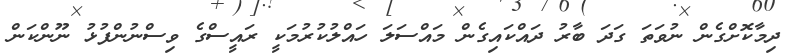
ދިމާކޮށްގެން ނުވަތަ ގަދަ ބާރު ދައްކައިގެން މައްސަލަ ހައްލުކުރުމަކީ ރައީސްގެ ވިސްނުންފުޅު ނޫންކަން